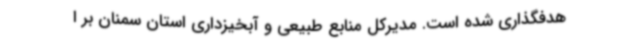
هدفگذاری شده است. مدیرکل منابع طبیعی و آبخیزداری استان سمنان بر ا